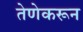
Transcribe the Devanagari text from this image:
तेणेकरून